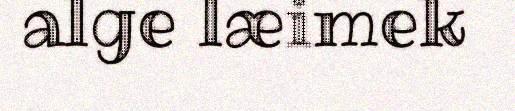
alge læimek